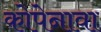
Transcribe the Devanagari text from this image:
कोपेनावा